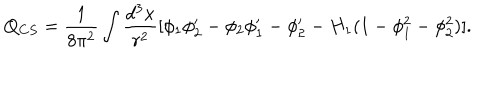
Q _ { C S } = \frac { 1 } { 8 \pi ^ { 2 } } \int \frac { d ^ { 3 } x } { r ^ { 2 } } [ \phi _ { 1 } \phi _ { 2 } ^ { \prime } - \phi _ { 2 } \phi _ { 1 } ^ { \prime } - \phi _ { 2 } ^ { \prime } - H _ { 1 } ( 1 - \phi _ { 1 } ^ { 2 } - \phi _ { 2 } ^ { 2 } ) ] .